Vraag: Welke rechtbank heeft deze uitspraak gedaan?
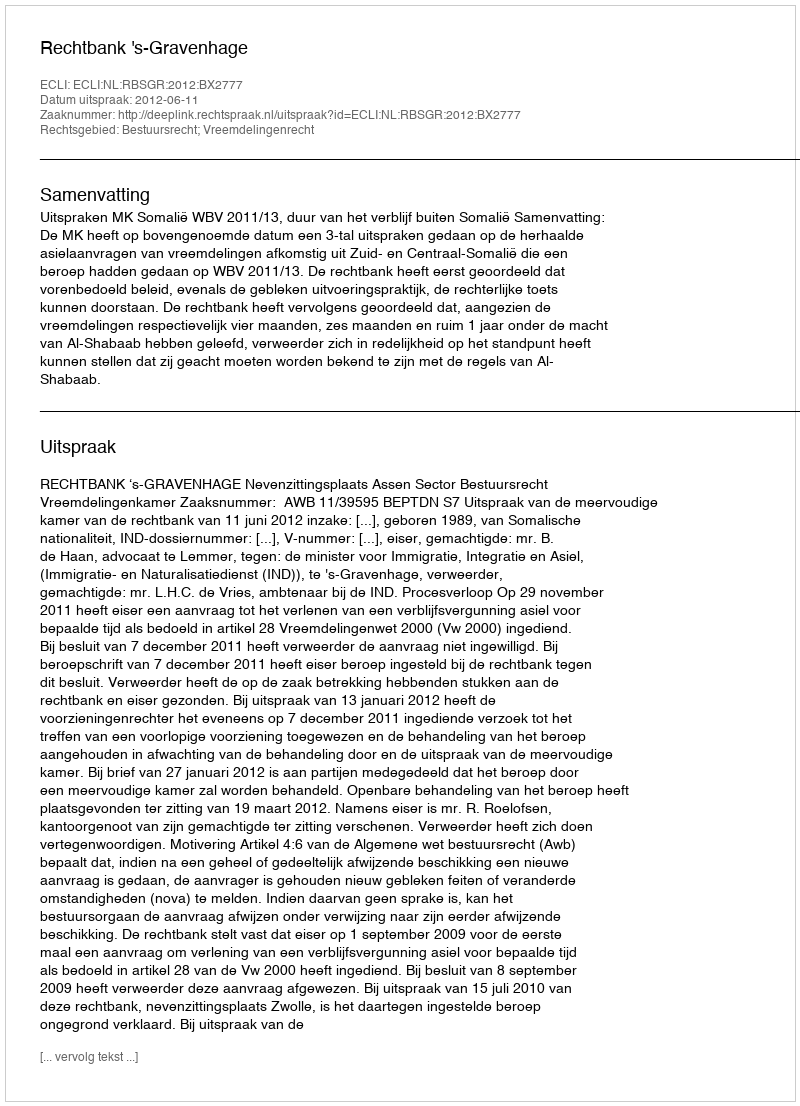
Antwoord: Rechtbank 's-Gravenhage